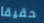
حقيقا